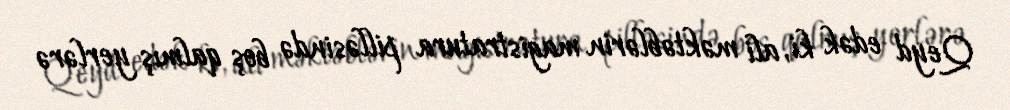
Qeyd edək ki, ali məktəblərin magistratura pilləsində boş qalmış yerlərə